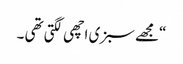
“مجھے سبزی اچھی لگتی تھی ۔